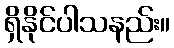
ရှိနိုင်ပါသနည်း။